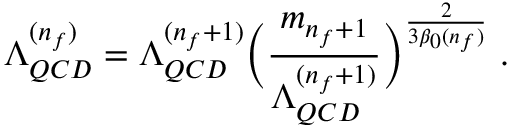
\Lambda _ { Q C D } ^ { ( n _ { f } ) } = \Lambda _ { Q C D } ^ { ( n _ { f } + 1 ) } \biggl ( \frac { m _ { n _ { f } + 1 } } { \Lambda _ { Q C D } ^ { ( n _ { f } + 1 ) } } \biggr ) ^ { \frac { 2 } { 3 \beta _ { 0 } ( n _ { f } ) } } \; .